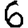
Digit: 6